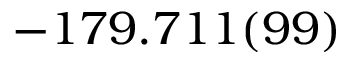
- 1 7 9 . 7 1 1 ( 9 9 )